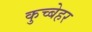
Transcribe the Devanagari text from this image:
कुच्बेहर